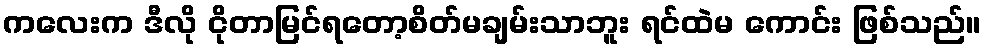
ကလေးက ဒီလို ငိုတာမြင်ရတော့စိတ်မချမ်းသာဘူး ရင်ထဲမ ကောင်း ဖြစ်သည်။